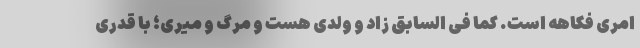
امری فکاهه است. کما فی السابق زاد و ولدی هست و مرگ و میری؛ با قدری